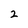
Character: 2